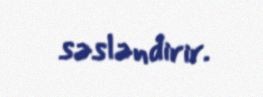
səsləndirir.